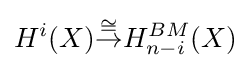
H^{i}(X){\stackrel {\cong }{\to }}H_{n-i}^{BM}(X)